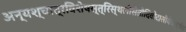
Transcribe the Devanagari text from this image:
अन्यश्चात्रविशेषस्त्रिस्थलीसेतौदिवोदासीयेचज्ञेयः